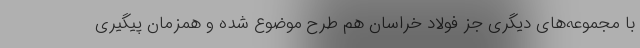
با مجموعه‌های دیگری جز فولاد خراسان هم طرح موضوع شده و همزمان پیگیری